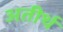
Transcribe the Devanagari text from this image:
अतीर्थ